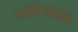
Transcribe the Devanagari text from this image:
वालीपश्चात